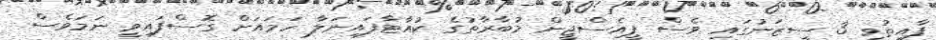
ފާއިތުވި 3 ސީޒަނުގައި ވެސް ޕީއެސްޖީން މުބާރާތުގެ ކުއާޓާފައިނަލާ ހަމައަށް ގޮސްފައިވީ ނަމަވެސް